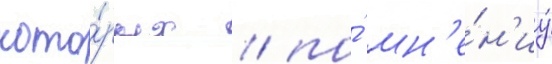
кото́рых / по́ мн'е́н'иу